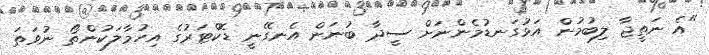
"އެ ނަތީޖާ ލިބުމުން އަޅުގަނޑުމެންނަށް ސީދާ ބުނަން އެނގޭނީ ޑޮކްޓަރުގެ އިހުމާލަކުންތޯ ނުވަތަ